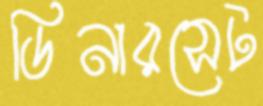
ডিনারসেট